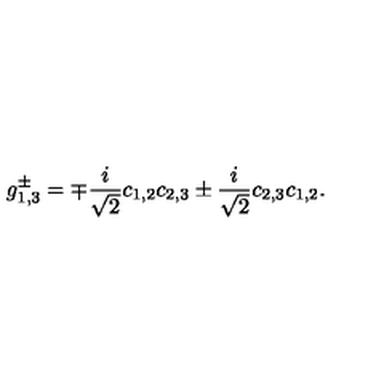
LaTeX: g _ { 1 , 3 } ^ { \pm } = \mp \frac { i } { \sqrt { 2 } } c _ { 1 , 2 } c _ { 2 , 3 } \pm \frac { i } { \sqrt { 2 } } c _ { 2 , 3 } c _ { 1 , 2 } .